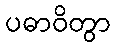
ပဓာဝိတွာ